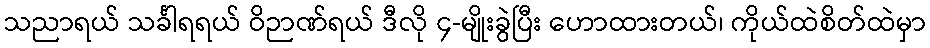
သညာရယ် သင်္ခါရရယ် ဝိဉာဏ်ရယ် ဒီလို ၄-မျိုးခွဲပြီး ဟောထားတယ်၊ ကိုယ်ထဲစိတ်ထဲမှာ